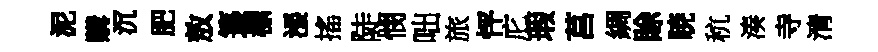
泥購沉肥敖籩標漲搖陡憫咄旅怦庀瑕莒綢賖暁秔湊寺清